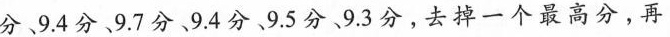
分9.4分9.7分9.4分9.5分9.3分，去掉一个最高分，再